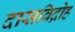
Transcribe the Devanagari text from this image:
दासविद्रोह